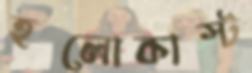
হলোকাস্ট